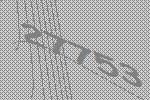
27753